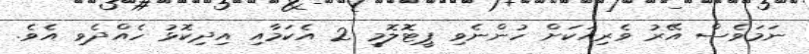
ނަމަވެސް އޭރު ވެރިއަކަށް ހުންނެވި ޕީޓޮލޮމީ 2 އެކަމާއި އިދިކޮޅު ހެއްދެވި އެވެ.